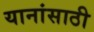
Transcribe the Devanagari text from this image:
यानांसाठी